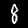
Label: 8